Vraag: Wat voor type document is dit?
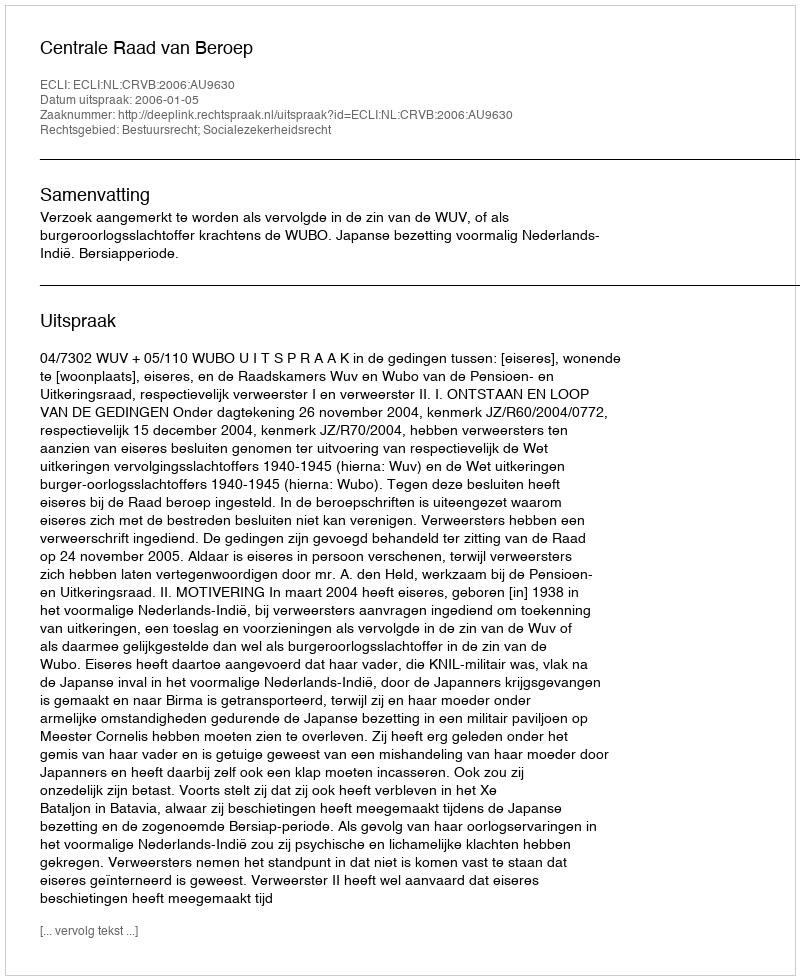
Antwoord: Uitspraak